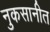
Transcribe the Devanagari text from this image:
नुकसानीत